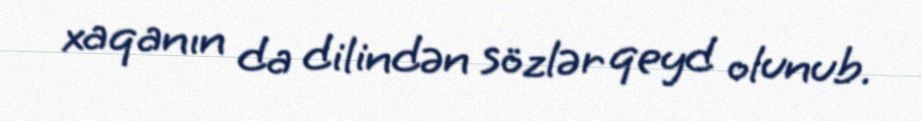
xaqanın da dilindən sözlər qeyd olunub.